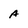
Character: A